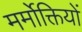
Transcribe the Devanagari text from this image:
मर्मोक्तियों